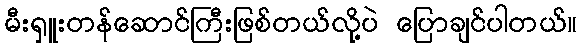
မီးရှူးတန်ဆောင်ကြီးဖြစ်တယ်လို့ပဲ ပြောချင်ပါတယ်။